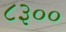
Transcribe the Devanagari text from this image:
८३००